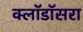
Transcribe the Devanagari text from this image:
क्लॉडॉसरा